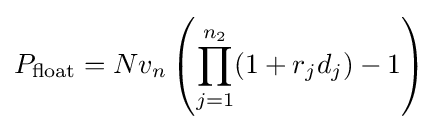
P_{\text{float}}=Nv_{n}\left(\prod _{j=1}^{n_{2}}(1+r_{j}d_{j})-1\right)